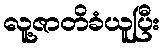
လူ့ဇာတိခံယူပြီး